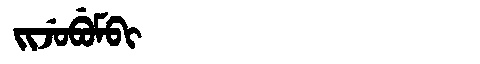
Manchu: ᠵᡳᠵᡠᠪᡠᠮᠪᡳ
Romanization: JIJUBUMBI